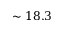
\sim 1 8 . 3